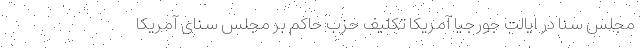
مجلس سنا در ایالت جورجیا آمریکا تکلیف حزب حاکم بر مجلس سنای آمریکا